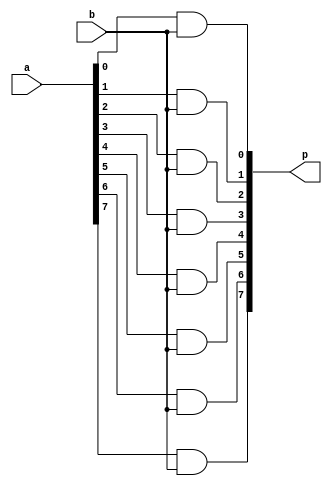
// This program was cloned from: https://github.com/chicken8848/RISKY
// License: MIT License

module bitwise #(
  parameter BITS = 8
) (
  input [BITS-1:0] a,
  input b,
  output [BITS-1:0] p
);

genvar i;

generate 
  for (i = 0; i < BITS; i = i + 1) begin
    assign p[i] = a[i] & b;
  end
endgenerate
endmodule